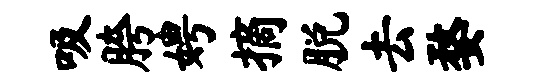
吸胯娉摘脱去婺